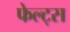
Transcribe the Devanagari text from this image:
फेल्ट्स